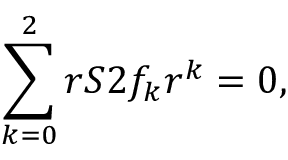
\sum _ { k = 0 } ^ { 2 } r S 2 f _ { k } r ^ { k } = 0 ,